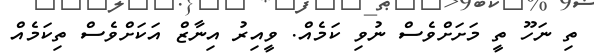
ތި ނަހޫ ތީ މަށަށްވެސް ނުވި ކަމެއް. ވީއިރު އިނާޒް އަކަށްވެސް ތިކަމެއް